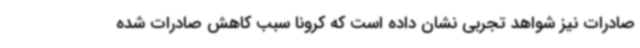
صادرات نیز شواهد تجربی نشان داده است که کرونا سبب کاهش صادرات شده